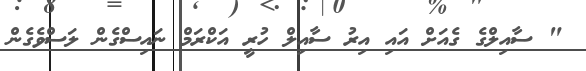
" ސާއިލްގެ ގެއަށް އައި އިރު ސާއިލް ހުރީ އަކްރަމް ނައިސްގެން ލަސްވެގެން